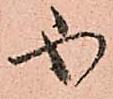
ふ